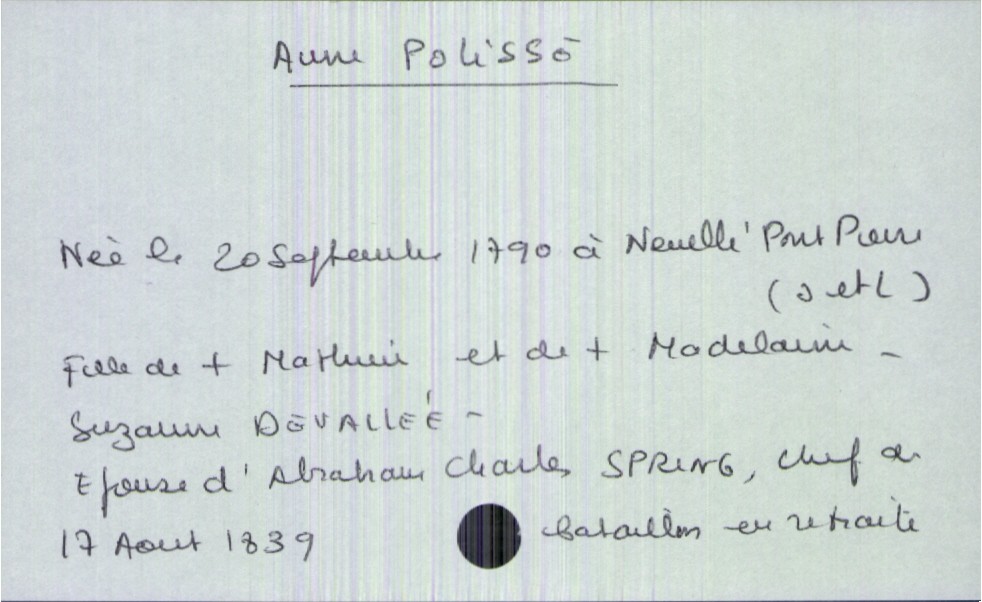
type_acte: Décès
année: 1839
mois: août
jour: 17
défunt_nom: Polisse
défunt_prénom: Anne
défunt_sexe: F
défunt_date_de_naissance: 20 septembre 1790
défunt_lieu_de_naissance: Neuillé Pont Pierre (Indre et Loire)
défunt_statut: marié(e)
père_défunt_nom: Polisse
père_défunt_prénom: Mathurin
père_défunt_statut: décédé
mère_défunt_nom: Devallée
mère_défunt_prénom: Madelaine Suzanne
mère_défunt_statut: décédée